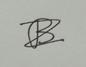
Signature authenticity: forged